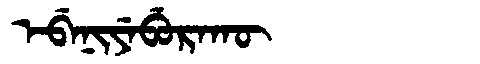
Manchu: ᡝᠪᡝᠨᡳᠶᡝᠪᡠᡵᠠᡴᡡ
Romanization: EBENIYEBURAKŪ